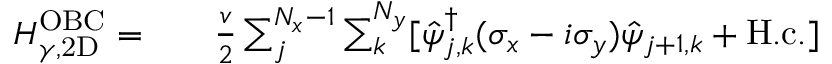
\begin{array} { r l r } { H _ { \gamma , \mathrm { 2 D } } ^ { \mathrm { O B C } } = } & { { } } & { \frac { v } { 2 } \sum _ { j } ^ { N _ { x } - 1 } \sum _ { k } ^ { N _ { y } } [ \hat { \psi } _ { j , k } ^ { \dag } ( \sigma _ { x } - i \sigma _ { y } ) \hat { \psi } _ { j + 1 , k } + \mathrm { H . c . } ] } \end{array}